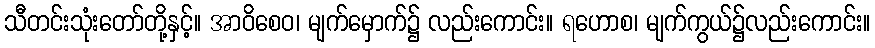
သီတင်းသုံးတော်တို့နှင့်။ အာဝိစေဝ၊ မျက်မှောက်၌ လည်းကောင်း။ ရဟောစ၊ မျက်ကွယ်၌လည်းကောင်း။